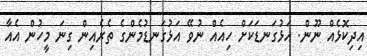
އިދިކޮޅެއް ނޫން. އަޅުގަނޑަކަށް ހިއެއް ނުވޭ އަޅުގަނޑުމެންގެ ތެރެއިން ގިނަ މީހުން އެއާ